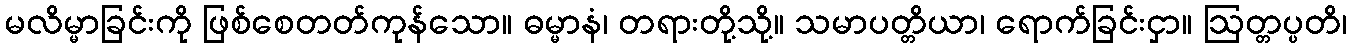
မလိမ္မာခြင်းကို ဖြစ်စေတတ်ကုန်သော။ ဓမ္မာနံ၊ တရားတို့သို့။ သမာပတ္တိယာ၊ ရောက်ခြင်းငှာ။ ဩတ္တပ္ပတိ၊